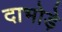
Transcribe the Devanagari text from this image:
दाभोड़े